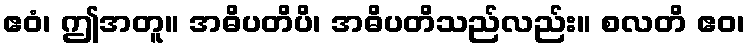
ဧဝံ၊ ဤအတူ။ အဓိပတိပိ၊ အဓိပတိသည်လည်း။ စလတိ ဧဝ၊